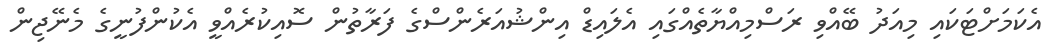
އެކަމަށްޓަކައި މިއަދު ބޭއްވި ރަސްމިއްޔާތެއްގައި އެލައިޑް އިންޝުއަރެންސްގެ ފަރާތުން ސޮއިކުރެއްވީ އެކުންފުނީގެ މެނޭޖިން